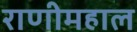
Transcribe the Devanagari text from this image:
राणीमहाल